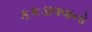
કકડાવવાનો